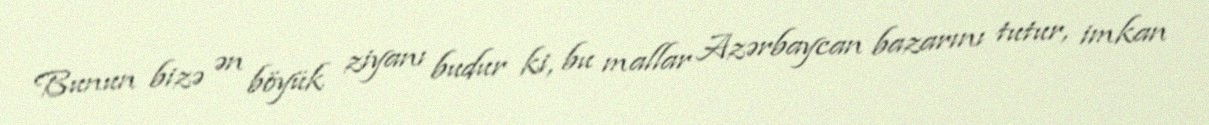
Bunun bizə ən böyük ziyanı budur ki, bu mallar Azərbaycan bazarını tutur, imkan